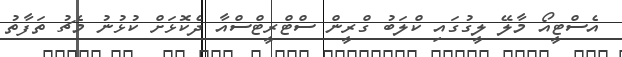
އެސްޓީއޯ މާލޭ ލީގުގައި ކްލަބު ގްރީން ސްޓްރީޓްސްއާ ދެކޮޅަށް ކުޅުނު މެޗު ތަފާތު